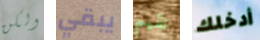
ولكن يبقي نقيم أدخلك